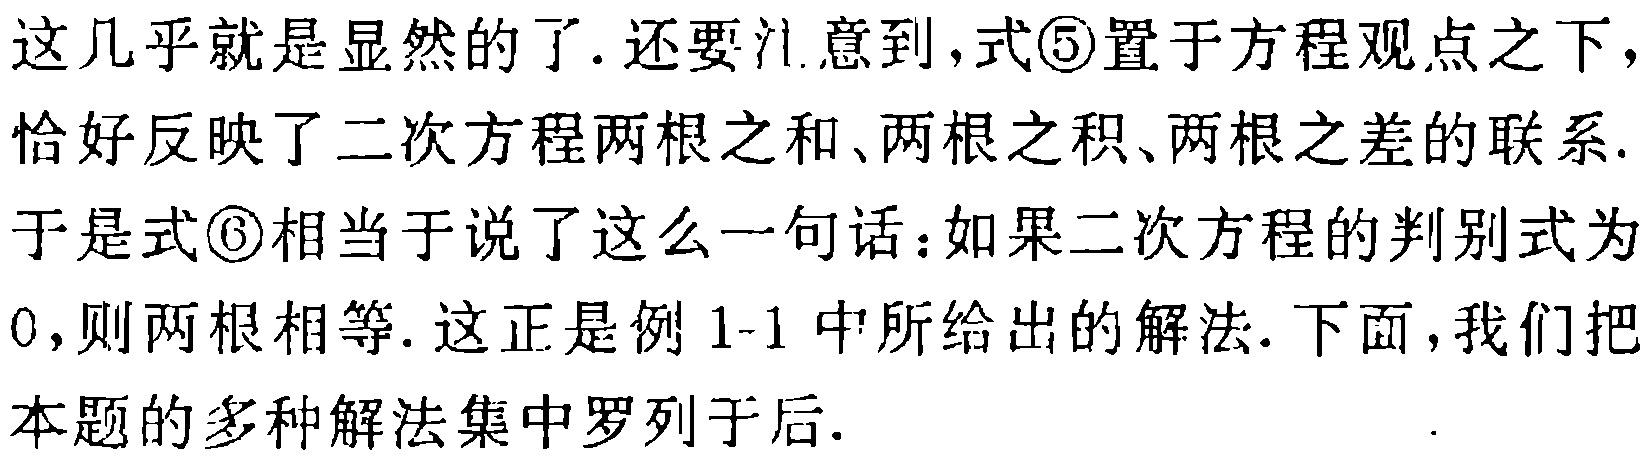
这几乎就是显然的了.还要注意到,式\textcircled{5}置于方程观点之下,恰好反映了二次方程两根之和、两根之积、两根之差的联系.于是式\textcircled{6}相当于说了这么一句话：如果二次方程的判别式为0,则两根相等.这正是例1-1中所给出的解法.下面,我们把本题的多种解法集中罗列于后.